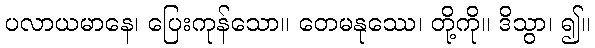
ပလာယမာနေ၊ ပြေးကုန်သော။ တေမနုဿေ၊ တို့ကို။ ဒိသွာ၊ ၍။